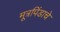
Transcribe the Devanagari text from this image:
मूत्रपिंडाचे